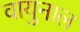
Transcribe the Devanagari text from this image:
वायुनाल